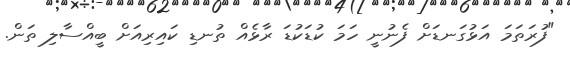
"ފުރަތަމަ އަޅުގަނޑަށް ފެނުނީ ހަމަ ކުޑަކުޑަ ރާޅެއް ތުނޑި ކައިރިއަށް ބީއްސާލި ތަން.